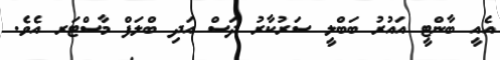
އެއީ ބާންޓީ އައުރު ބަބްލީ ސަރުކާރު ދަސް އަދި ބްލަފް މާސްޓަރ އެވެ.